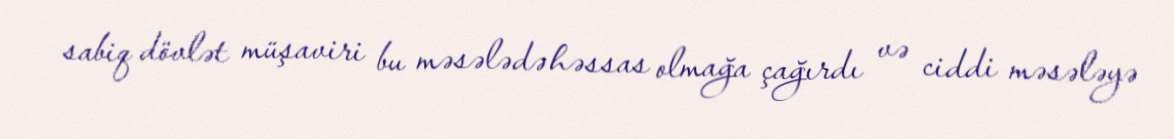
sabiq dövlət müşaviri bu məsələdə həssas olmağa çağırdı və ciddi məsələyə